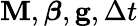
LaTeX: \mathbf{M},\boldsymbol{\beta},\mathbf{g},\Delta t